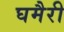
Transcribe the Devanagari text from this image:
घमैरी